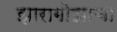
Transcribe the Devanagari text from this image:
झारागोझाचा